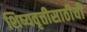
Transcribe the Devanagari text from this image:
शिष्यवृत्तीसाठीची